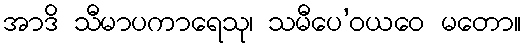
အာဒိ သီမာပကာရေသု၊ သမီပေ’ဝယဝေ မတော။